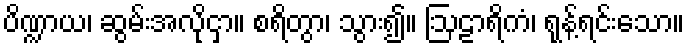
ပိဏ္ဍာယ၊ ဆွမ်းအလိုငှာ။ စရိတွာ၊ သွား၍။ ဩဠာရိကံ၊ ရုန့်ရင်းသော။